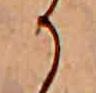
か